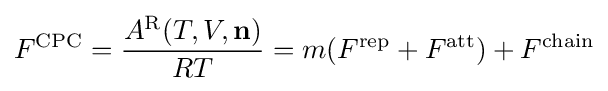
F^{\mathrm {CPC} }={\frac {A^{\mathrm {R} }(T,V,{\textbf {n}})}{RT}}=m(F^{\mathrm {rep} }+F^{\mathrm {att} })+F^{\mathrm {chain} }